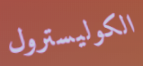
الكوليسترول